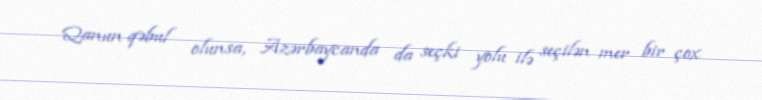
Qanun qəbul olunsa, Azərbaycanda da seçki yolu ilə seçilən mer bir çox